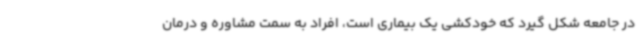
در جامعه شکل گیرد که خودکشی یک بیماری است، افراد به سمت مشاوره و درمان